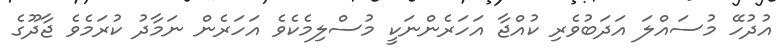
އުދުހޭ މުސައްލަ އަދަބުވެރި ކުއްޖާ އަހަރެންނަކީ މުސްލިމެކެވެ އަހަރެން ނަމާދު ކުރަމެވެ ޖާދޫގެ